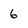
Character: 6